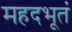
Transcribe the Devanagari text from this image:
महदभूतं